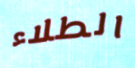
الطلاء